Vaccination in Bombay 1874-1876 - 1874-1876
Year: 1874
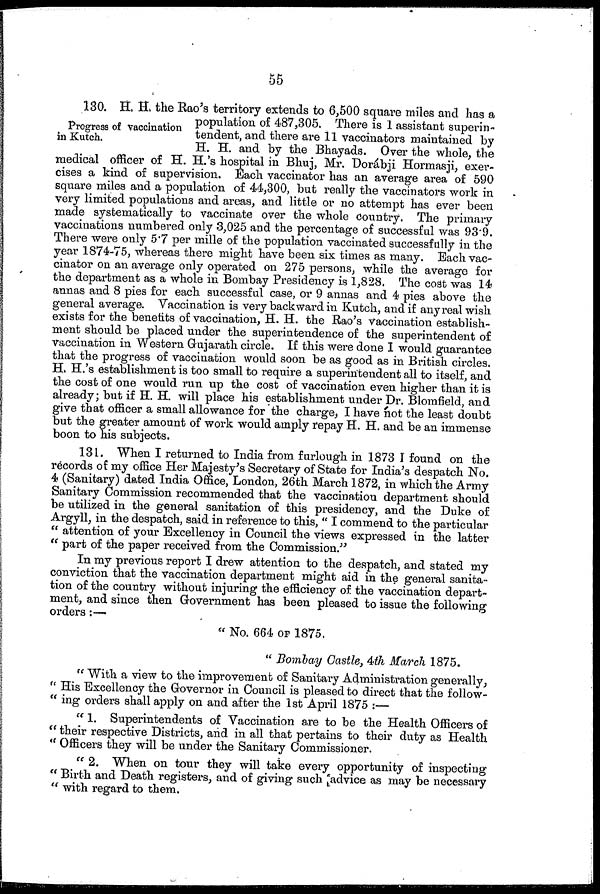
55
Progress of vaccination
in Kutch.
130. H. H. the Rao's territory extends to 6,500 square miles and has a
population of 487,305. There is 1 assistant superin-
tendent, and there are 11 vaccinators maintained by
H. H. and by the Bhayads. Over the whole, the
medical officer of H. H.'s hospital in Bhuj, Mr. Dorábji Hormasji, exer-
cises a kind of supervision. Each vaccinator has an average area of 590
square miles and a population of 44,300, but really the vaccinators work in
very limited populations and areas, and little or no attempt has ever been
made systematically to vaccinate over the whole country. The primary
vaccinations numbered only 3,025 and the percentage of successful was 93.9.
There were only 5.7 per mille of the population vaccinated successfully in the
year 1874-75, whereas there might have been six times as many. Each vac-
cinator on an average only operated on 275 persons, while the average for
the department as a whole in Bombay Presidency is 1,828. The cost was 14
annas and 8 pies for each successful case, or 9 annas and 4 pies above the
general average. Vaccination is very backward in Kutch, and if any real wish
exists for the benefits of vaccination, H. H. the Rao's Vaccination establish-
ment should be placed under the superintendence of the superintendent of
vaccination in Western Gujarath circle. If this were done I would guarantee
that the progress of vaccination would soon be as good as in British circles.
H. H.'s establishment is too small to require a superintendent all to itself, and
the cost of one would run up the cost of vaccination even higher than it is
already; but if H. H. will place his establishment under Dr. Blomfield, and
give that officer a small allowance for the charge, I have not the least doubt
but the greater amount of work would amply repay H. H. and be an immense
boon to his subjects.
131. When I returned to India from furlough in 1873 I found on the
records of my office Her Majesty's Secretary of State for India's despatch No.
4 (Sanitary) dated India Office, London, 26th March 1872, in which the Army
Sanitary Commission recommended that the vaccination department should
be utilized in the general sanitation of this presidency, and the Duke of
Argyll, in the despatch, said in reference to this, " I commend to the particular
" attention of your Excellency in Council the views expressed in the latter
" part of the paper received from the Commission."
In my previous report I drew attention to the despatch, and stated my
conviction that the vaccination department might aid in the general sanita-
tion of the country without injuring the efficiency of the vaccination depart-
ment, and since then Government has been pleased to issue the following
orders :—
" No. 664 OF 1875.
" Bombay Castle, 4th March 1875.
u With a view to the improvement of Sanitary Administration generally,
" His Excellency the Governor in Council is pleased to direct that the follow-
" ing orders shall apply on and after the 1st April 1875 :—
" 1. Superintendents of Vaccination are to be the Health Officers of
" their respective Districts, and in all that pertains to their duty as Health
" Officers they will be under the Sanitary Commissioner.
" 2. When on tour they will take every opportunity of inspecting
" Birth and Death registers, and of giving such advice as may be necessary
" with regard to them.